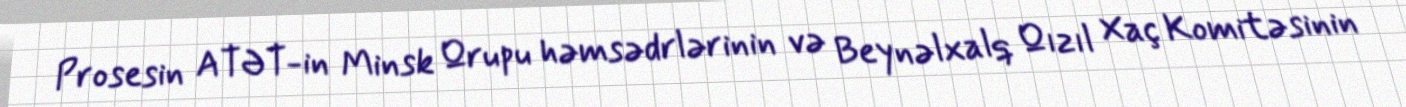
Prosesin ATƏT-in Minsk Qrupu həmsədrlərinin və Beynəlxalq Qızıl Xaç Komitəsinin